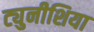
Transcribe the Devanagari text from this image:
ट्युनीशिया